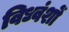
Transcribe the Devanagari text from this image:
विध्वंशों